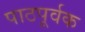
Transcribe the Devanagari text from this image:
पाठपूर्वक